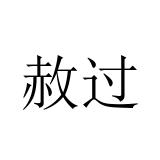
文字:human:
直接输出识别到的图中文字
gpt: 赦过